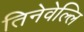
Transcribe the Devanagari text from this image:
तिनेवेल्लि